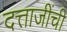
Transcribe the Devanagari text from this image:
दत्ताजींची